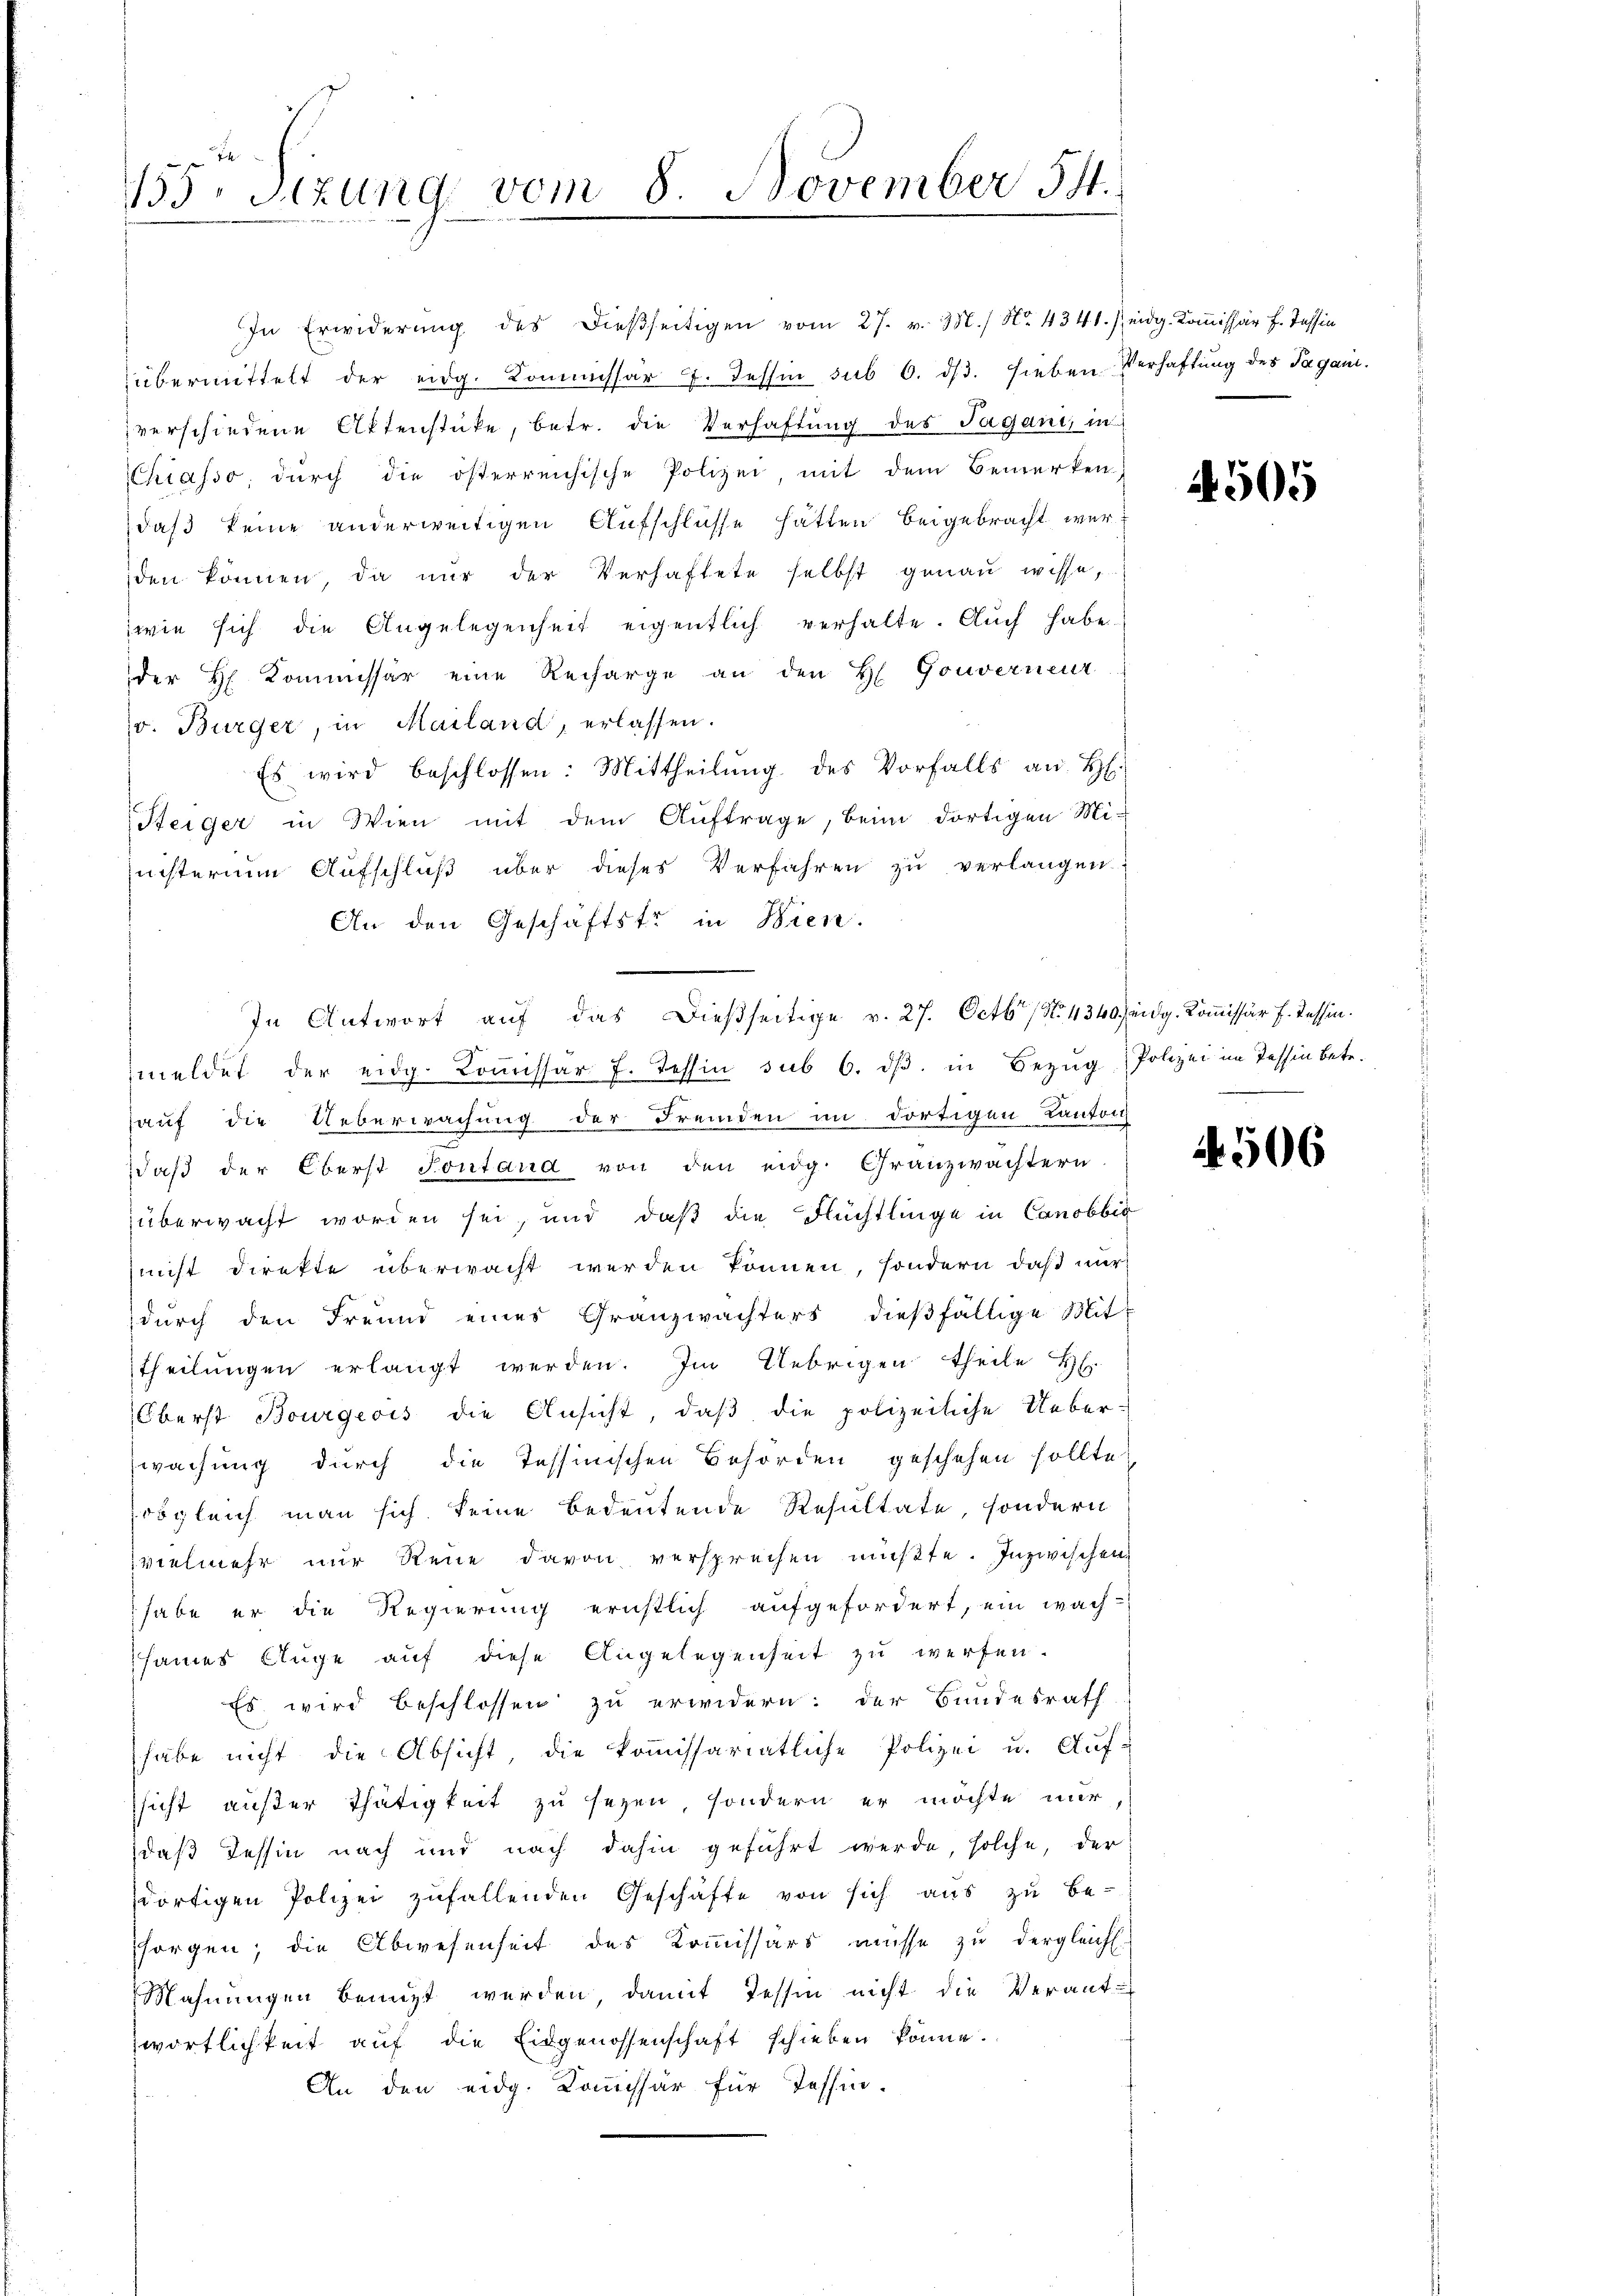
155r Sitzung vom 8. November 54.

In Erwiderung des dießseitigen vom 27. v. 3./ No. 4341. Seidg. Kommissär H. Tessin
übermittelt der eidg. Kommissar 7. Tessin sub 6. dβ. sieben Verhaftung des Taganiverschiedene Aktenstücke, betr. die Verhaftung des Jaganis in
Chiasso, durch die österreichische Polizei mit dem Bemerken
daß keine anderweitigen Aufschlüsse hatten beigebracht werden können, da nŭr der Verhaftete selbst genaŭ wisse,
wie sich die Angelegenheit eigentlich verhalte. Auch habe
der H. Kommissär eine Recharge an den H. Gouverneur
v. Bürger, in Mailand, erlassen.
Es wird beschlossen: Mittheilŭng des Vorfalls an H.
Steiger in Wien mit dem Auftrage, beim dortigen Mi-
nisterium Aufschluß über dieses Verfahren zu verlangen.
An den Geschäftste in Bien.
meldet der eidg. Komissär f. Tessin sub 6. dβ in Bezug, Polizei im Tessin betr.
hauf die Ueberwachung der Fremden im dortigen Kanton
daß der Oberst Pontand von den eidg. Granzwächtern
überwacht worden sei, und daß die Flüchtlinge in Canobbić
nicht direkte überwacht werden können, sondern daß nur
durch den Freund eines Granzwachters dießfällige Mittheilungen erlangt werden. Im Uebrigen theile Hr.
Oberst Bourgeois die Ansicht, daß die polizeiliche Ueber-
wachung durch die Tessinischen Behörden geschehen sollte,
obgleich man sich keine Bedeutende Resultate, sondern
vielmehr nur Reue davon versprechen mußte. Inzwischen
habe er die Regierung ernstlich aufgefordert, ein wach
sames Auge auf diese Angelegenheit zu werfen.
Es wird beschlossen zu erwidern: der Bundesrath
habe nicht die Absicht die koṁissariatliche Polizei u. Aŭf-
sicht außer Thätigkeit zu sezen, sondern er möchte nur
das Tessin nach und nach dahin geführt werde, solche, der
dortigen Polizei zufallenden Geschäfte von sich aŭs zŭ be-
sorgen; die Abwesenheit des Kommissärs müsse zu dergleichs.
Mahnungen benutzt werden, damit dessen nicht die Verant-
wörtlichkeit auf die Eidgenossenschaft schieben könne.
An den eidg. Kauchsär für Tessin.

In Antwort auf das Dießseitige v. 27. Octbr. / No. 4340 eidg. Kommissär H. Tessin.

4505

A. 506